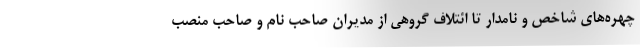
چهره‌های شاخص و نامدار تا ائتلاف گروهی از مدیران صاحب نام و صاحب منصب